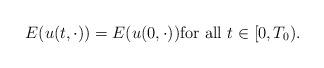
LaTeX: \begin{align*} E(u(t,\cdot))=E(u(0,\cdot)) \mbox{for all } t\in[0,T_0).\end{align*}